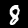
Digit: 8